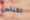
الكنائس